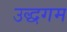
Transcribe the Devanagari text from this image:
उद्धगम